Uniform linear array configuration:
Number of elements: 64
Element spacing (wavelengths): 1
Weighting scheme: cosine
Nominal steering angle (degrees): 0
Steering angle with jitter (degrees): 0.2732
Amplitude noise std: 0.05
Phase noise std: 0.05

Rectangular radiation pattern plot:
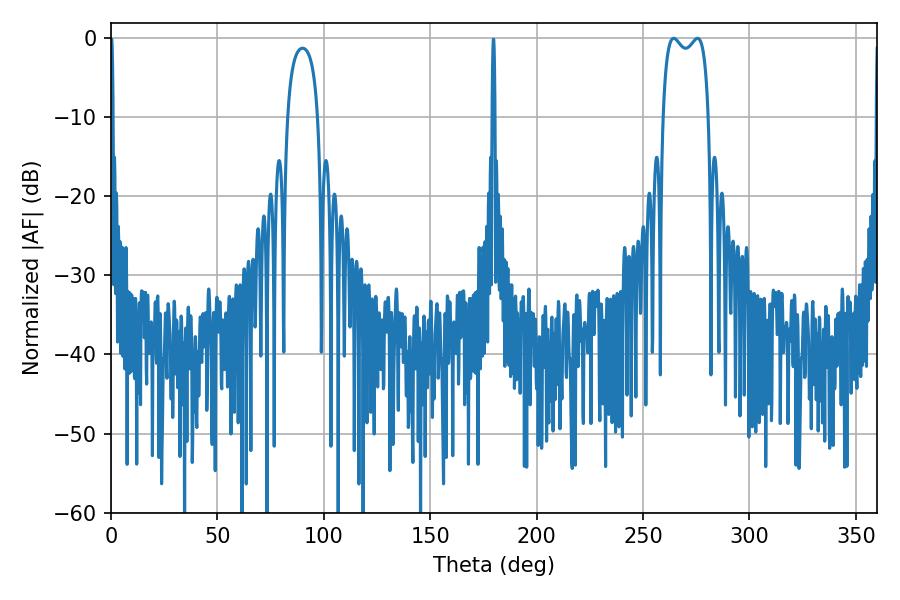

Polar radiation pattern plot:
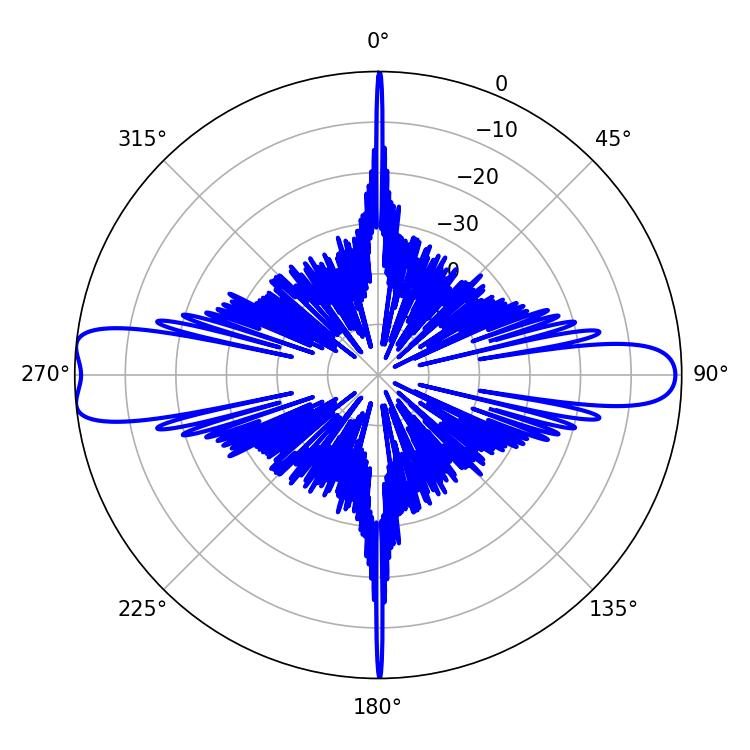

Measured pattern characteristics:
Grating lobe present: TRUE
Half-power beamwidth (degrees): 17.64
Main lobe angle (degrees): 264.42